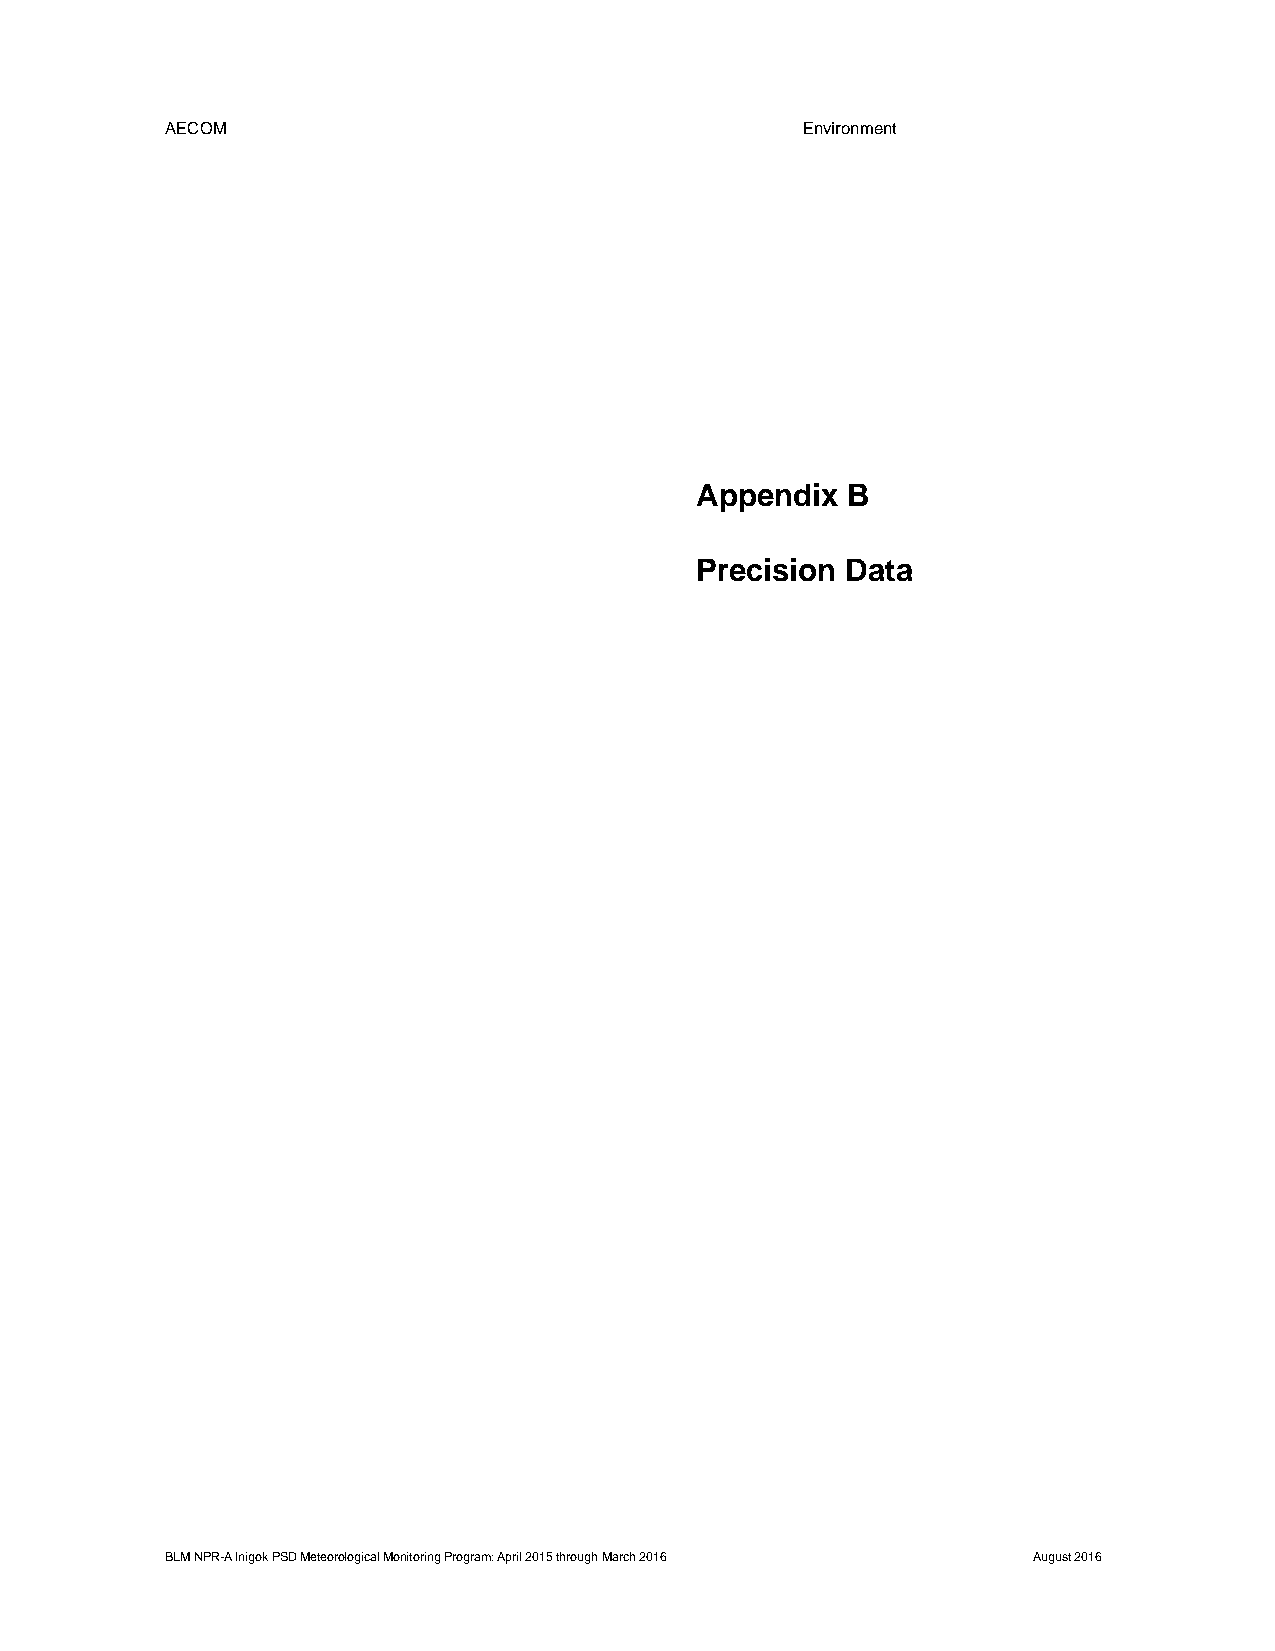
AECOM                                     Environment
 Appendix  B
 Precision Data
 BLM NPR-A Inigok PSD Meteorological Monitoring Program: April 2015 through March 2016 August 2016